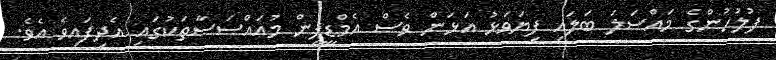
ފުލުހުންގެ މައްސަލަ ބަލައި ފިޔަވަޅު އަޅަން ވެސް އެމްޑީޕީން މުއައްސަސާތަކުގައި އެދިފައިވެ އެވެ.